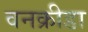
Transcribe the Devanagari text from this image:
वनक्रीडा